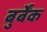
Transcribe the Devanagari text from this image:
बुर्बेंक